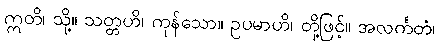
ဣတိ၊ သို့။ သတ္တဟိ၊ ကုန်သော။ ဥပမာဟိ၊ တို့ဖြင့်။ အလင်္ကတံ၊